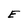
Character: E